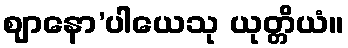
ဈာနော’ပါယေသု ယုတ္တိယံ။